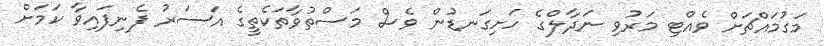
މަގުމައްޗަށް ވެއްޓި މަރުވި ނަދާލްގެ ހަށިގަނޑުން ވެސް މަސްތުވާތަކެތީގެ އަސަރު ފެނިފައިވާ ކަމަށް